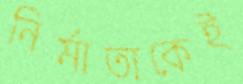
নির্মাতাকেই